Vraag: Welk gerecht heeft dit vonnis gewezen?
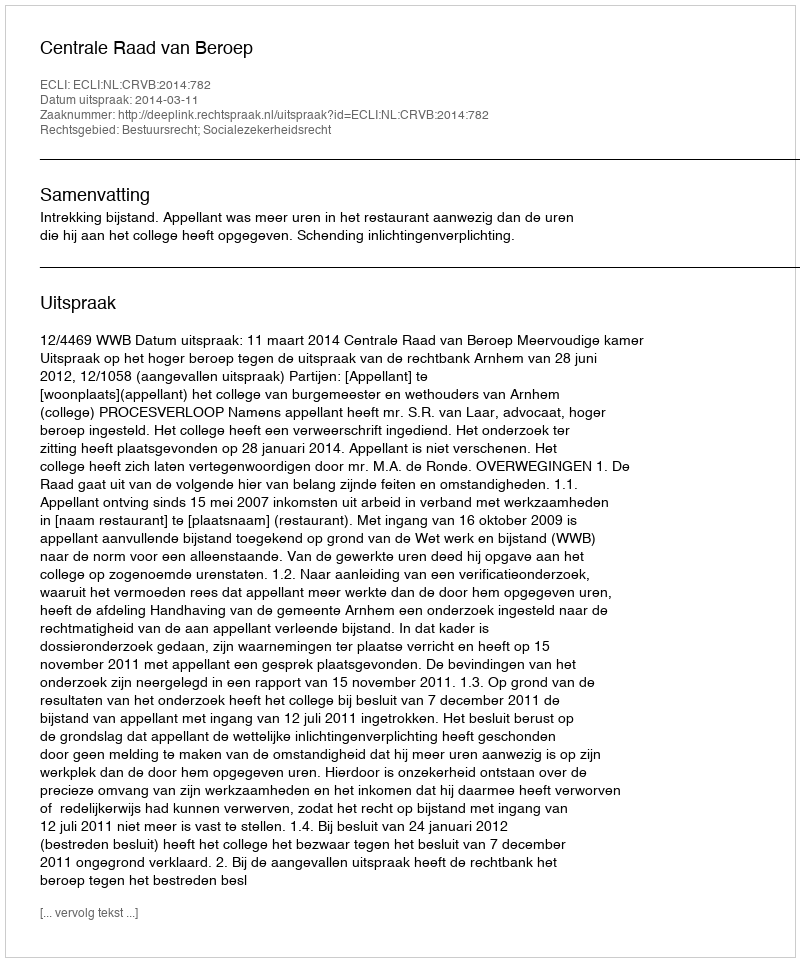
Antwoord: Centrale Raad van Beroep